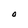
Character: O